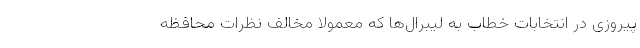
پیروزی در انتخابات خطاب به لیبرال‌ها که معمولا مخالف نظرات محافظه